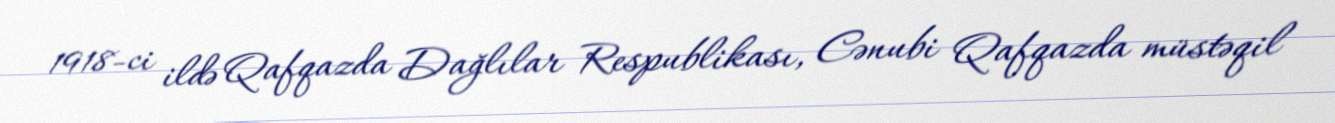
1918-ci ildə Qafqazda Dağlılar Respublikası, Cənubi Qafqazda müstəqil